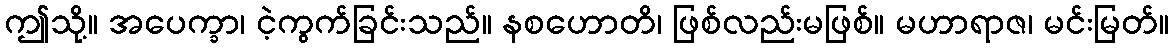
ဤသို့။ အပေက္ခာ၊ ငဲ့ကွက်ခြင်းသည်။ နစဟောတိ၊ ဖြစ်လည်းမဖြစ်။ မဟာရာဇ၊ မင်းမြတ်။